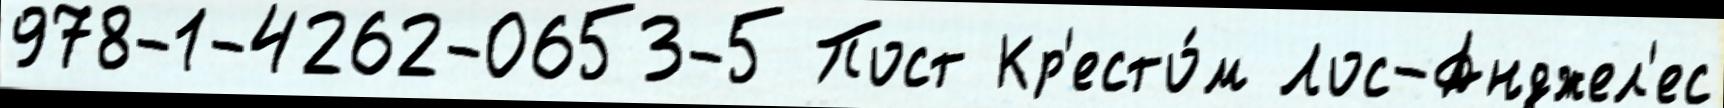
978-1-4262-0653-5 Пост Кр'есто́м Лос-Анджел'ес